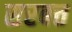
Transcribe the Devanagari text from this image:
सरबत्त